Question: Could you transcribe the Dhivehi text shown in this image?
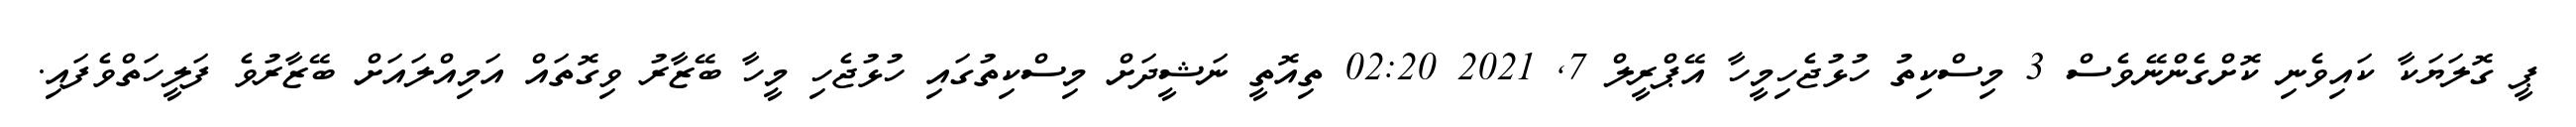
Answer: ޕީ ގޮލަޔަކާ ކައިވެނި ކޮށްގެންނޭވެސް 3 މިސްކިތު ހުޅުޖެހިމީހާ އޭޕްރީލް 7, 2021 02:20 ތިއޮތީ ނަޝީދަށް މިސްކިތުގައި ހުޅުޖެހި މީހާ ބޭޒާރު ވިގޮތައް އަމިއްލައަށް ބޭޒާރުވެ ފަލީހަތްވެފައި.